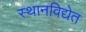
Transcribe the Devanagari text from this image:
स्थानविद्येत